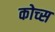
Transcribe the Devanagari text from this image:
कोच्स